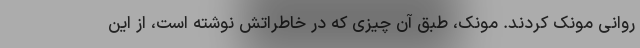
روانی مونک کردند. مونک، طبق آن چیزی که در خاطراتش نوشته است، از این